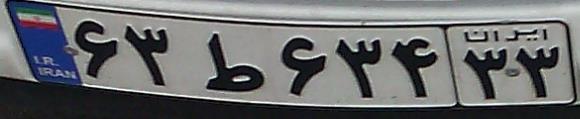
۶۳ط۶۳۴۳۳